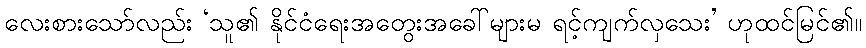
လေးစားသော်လည်း ‘သူ၏ နိုင်ငံရေးအတွေးအခေါ်များမ ရင့်ကျက်လှသေး’ ဟုထင်မြင်၏။